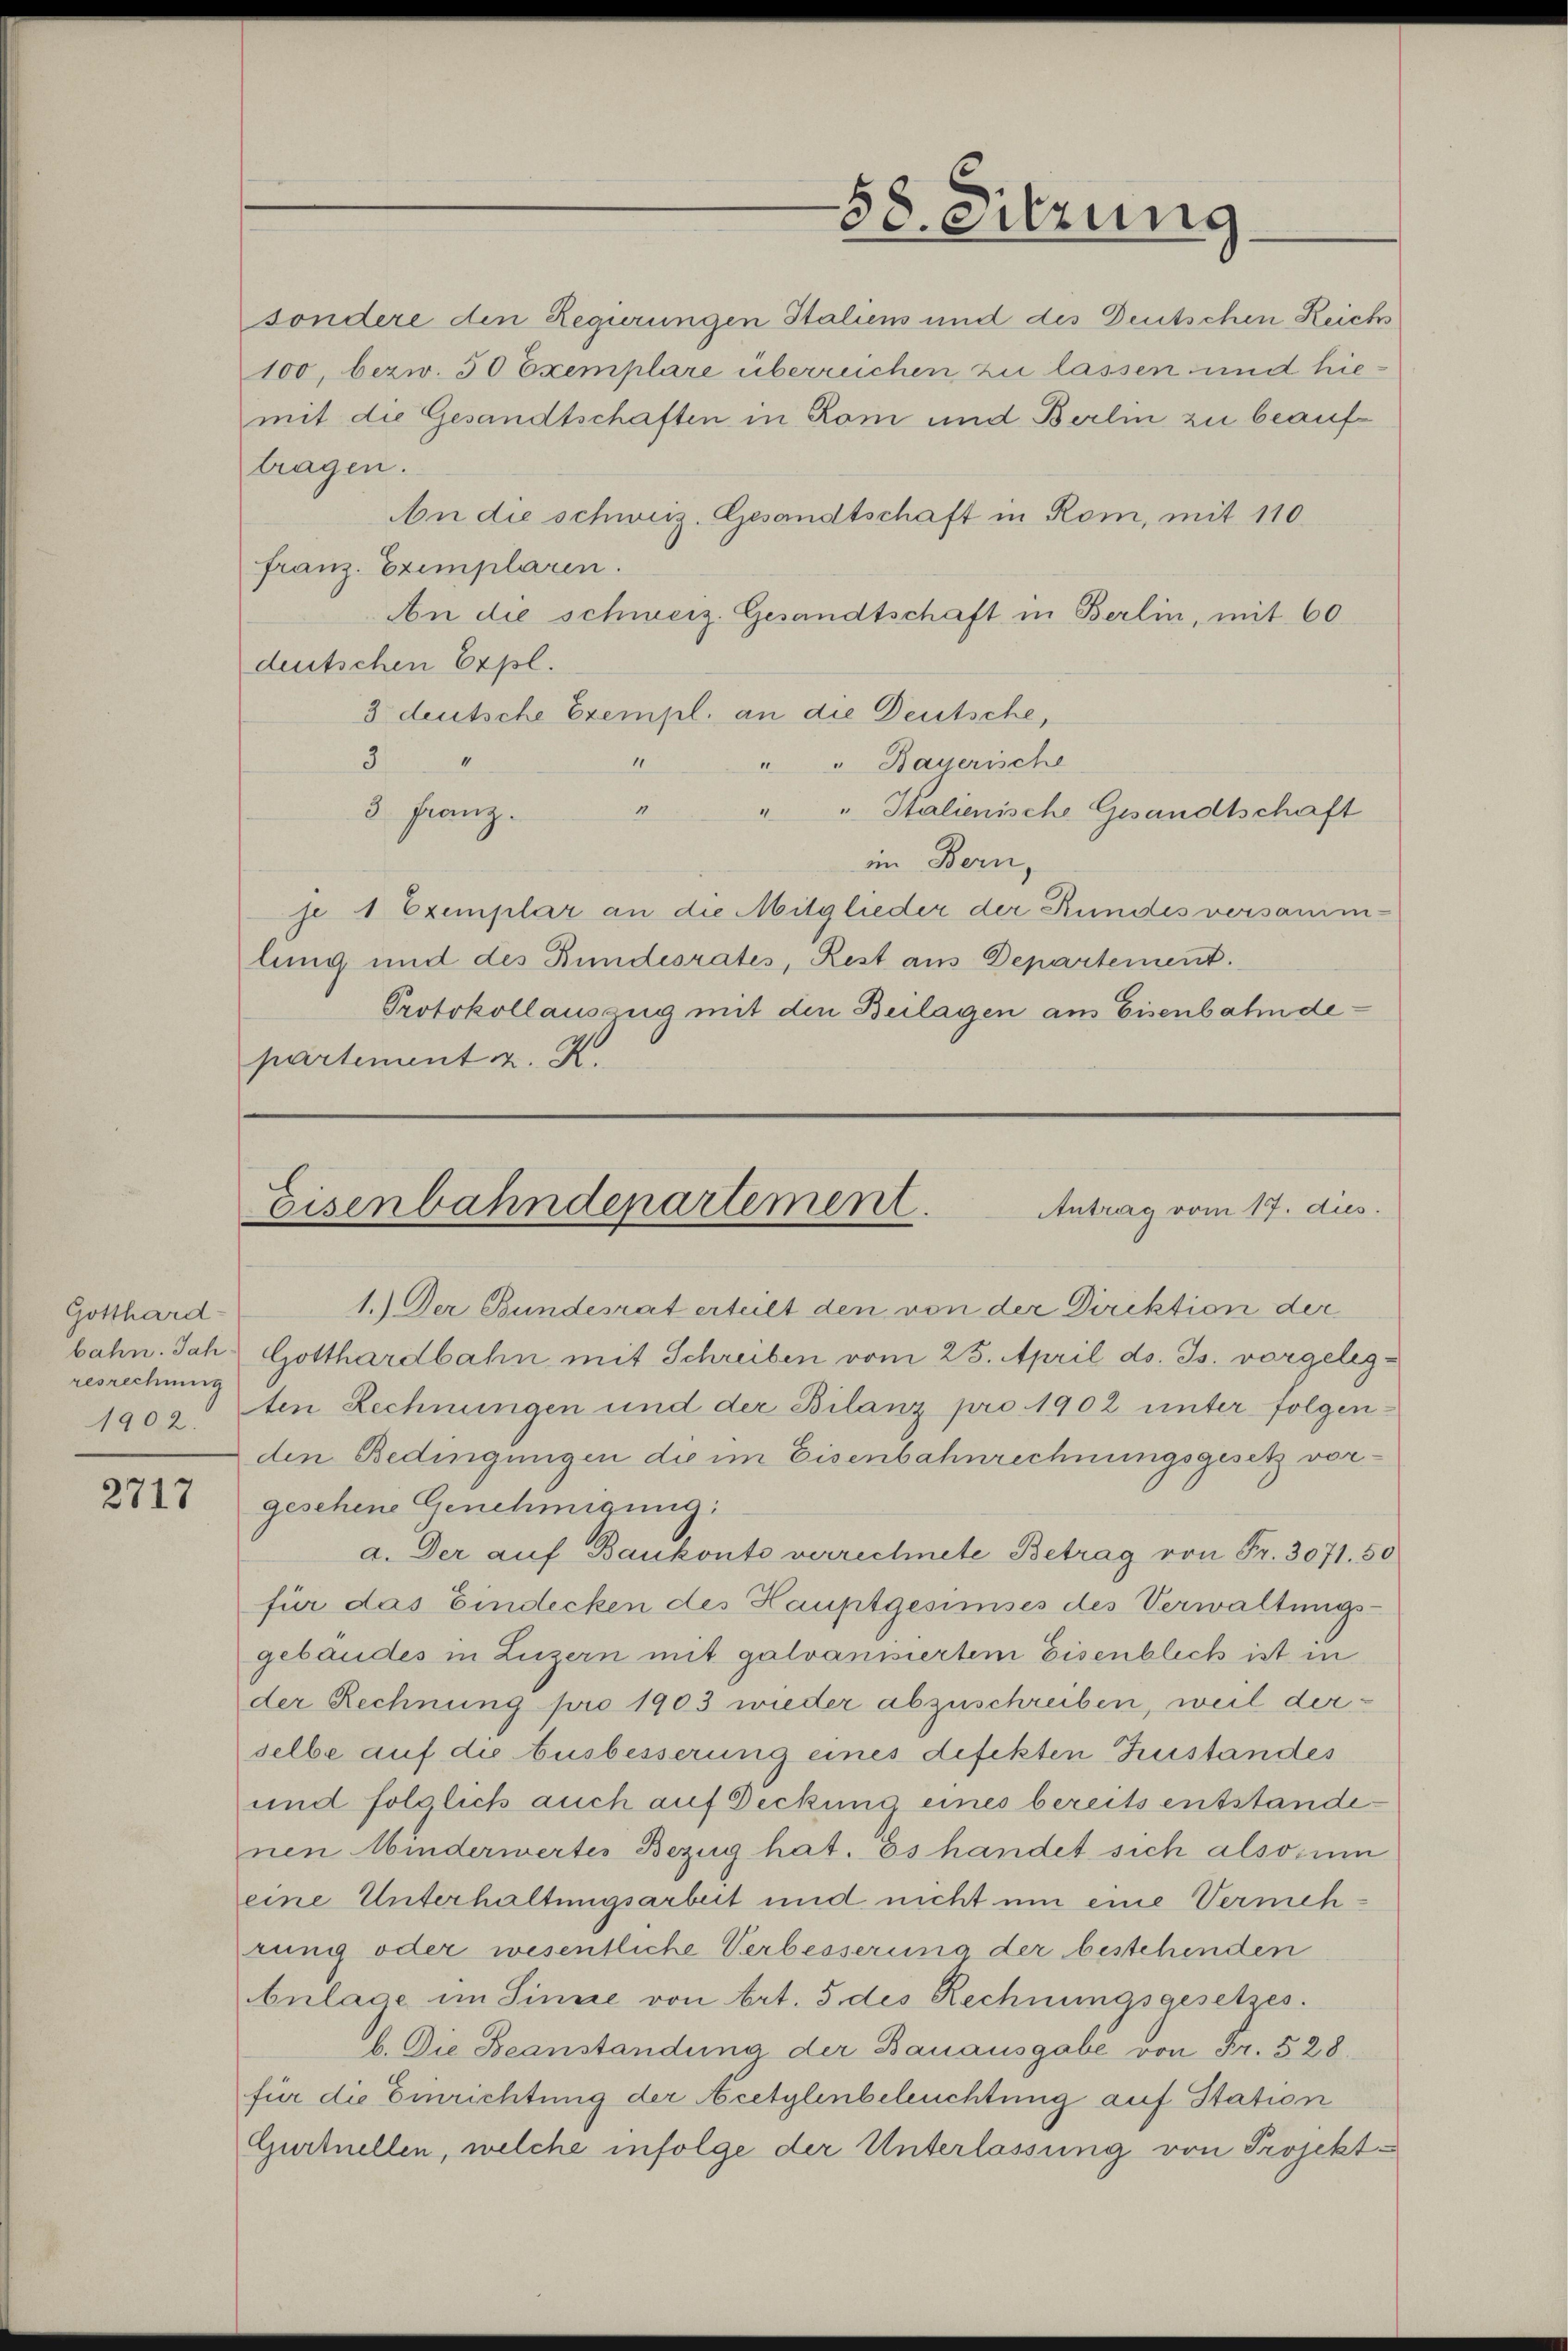
Gotthard-
bahn. Jah
resrechnung

2717

tragen.
An die schweiz. Gesandtschaft in Rom, mit 110.
franz. Exemplaren.
An die schweiz. Gesandtschaft in Berlin, mit 60
deutschen Expl.
3 deutsche Exempl. an die Deutsche,
5
I
1
" " Bayerische
4
" " Kalienische Gesandtschaft
3. Franz.
im Bern,
je 1 Exemplar an die Mitglieder der Rundes versamm-
lung und des Bundesrates, Rest aus Departement.
Protokollauszug mit den Bulagen ans Eisenbahndepartement z. K.

58 eirung

sondere den Regierungen Italiens und des Deutschen Reichs
100, bezw. 50 Exemplare überreichen zu lassen und hiemit die Gesandtschaften in Rom und Berlin zu beauf¬

Eisenbahndepartement.
Antrag vom 17. dies.

1.) Der Bundesrat erteilt den von der Direktion der
Gotthardbahn mit Schreiben vom 25. April d. Js. vorgeleg-
1903 den Rechnungen und der Bilanz pro 1902 unter folgenden Bedingungen die im Eisenbahnrechnungsgesetz vorgesehene Genehmigung:
a. Der auf Baukonto verrechnete Betrag von Fr. 3071. 50
für das Eindecken des Hauptgesimises des Verwaltungs-
gebäudes in Luzern mit galvanisiertem Eisenblich ist in
der Rechnung pro 1903 wieder abzuschreiben, weil derselbe auf die Ausbesserung eines defekten Zustandes
und folglich auch auf Deckung eines bereits entstandenen Minderwertes Bezug hat. Es handet sich also um
eine Unterhaltungsarbeit und nicht um eine Vermehrung oder wesentliche Verbesserung der bestehenden
Anlage im Sinne von Art. 5 des Rechnungsgesetzes.
b. Die Beanstandung der Bauausgabe von Fr. 528.
für die Einrichtung der cetylenbeleuchtung auf Station
Gurtnellen, welche infolge der Unterlassung von Projekt¬